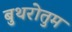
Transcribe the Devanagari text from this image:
बुथरोतुम